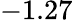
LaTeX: -1.27